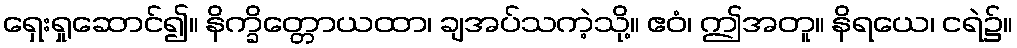
ရှေးရှုဆောင်၍။ နိက္ခိတ္တောယထာ၊ ချအပ်သကဲ့သို့။ ဧဝံ၊ ဤအတူ။ နိရယေ၊ ငရဲ၌။